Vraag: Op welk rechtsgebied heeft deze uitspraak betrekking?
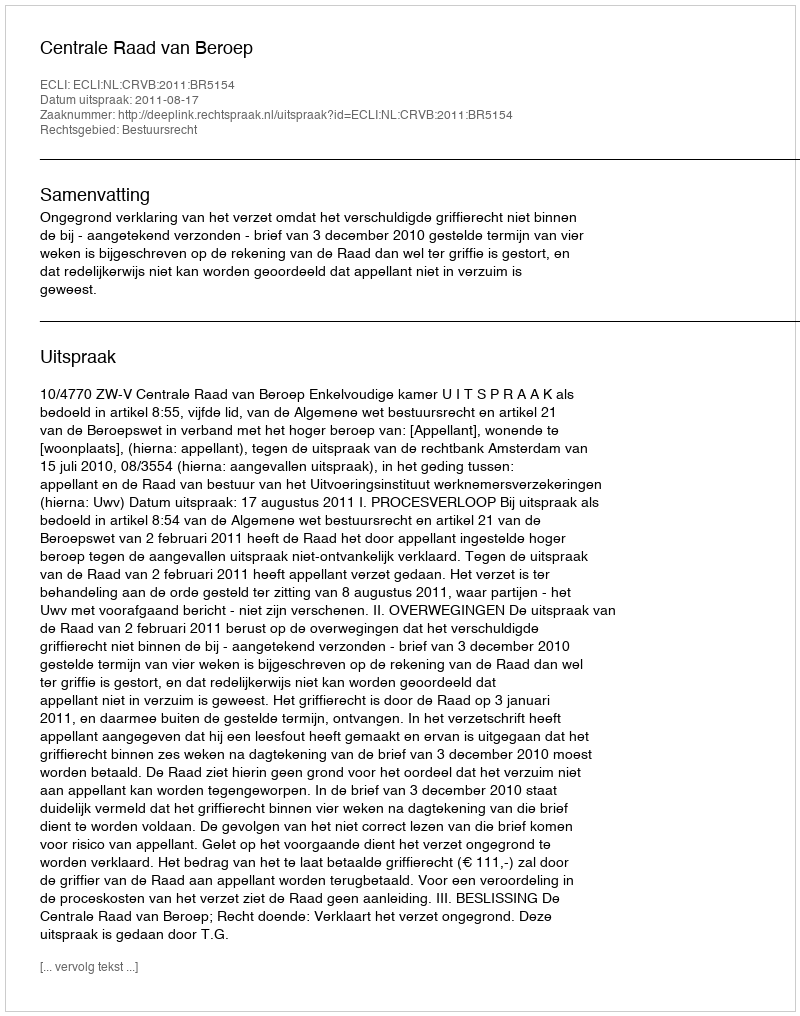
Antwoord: Bestuursrecht